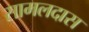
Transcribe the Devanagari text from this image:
सामलदास